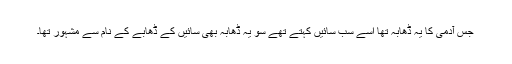
جس آدمی کا یہ ڈھابہ تھا اسے سب سائیں کہتے تھے سو یہ ڈھابہ بھی سائیں کے ڈھابے کے نام سے مشہور تھا۔